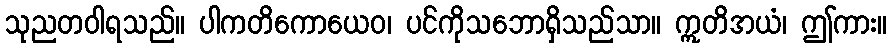
သုညတဝါရသည်။ ပါကတိကောယေဝ၊ ပင်ကိုသဘောရှိသည်သာ။ ဣတိအယံ၊ ဤကား။